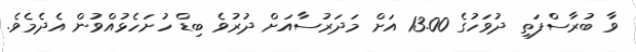
ވާ ބުރާސްފަތި ދުވަހުގެ 13.00 އަށް މަދަރުސާއަށް ދުރުވެ ބިޑް ހުށަހެޅުއްވުން އެދެމެވެ.